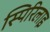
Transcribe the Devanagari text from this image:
स्पिरिलाइ